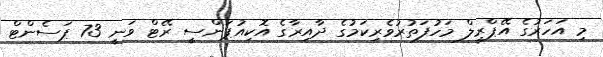
މި އަހަރުގެ އޭޕްރީލް މަހުފަތުރުވެރިކަމުގެ ދާއިރާގެ އޮކިއުޕަންސީ ރޭޓް ވަނީ 73 ޕަސެންޓް